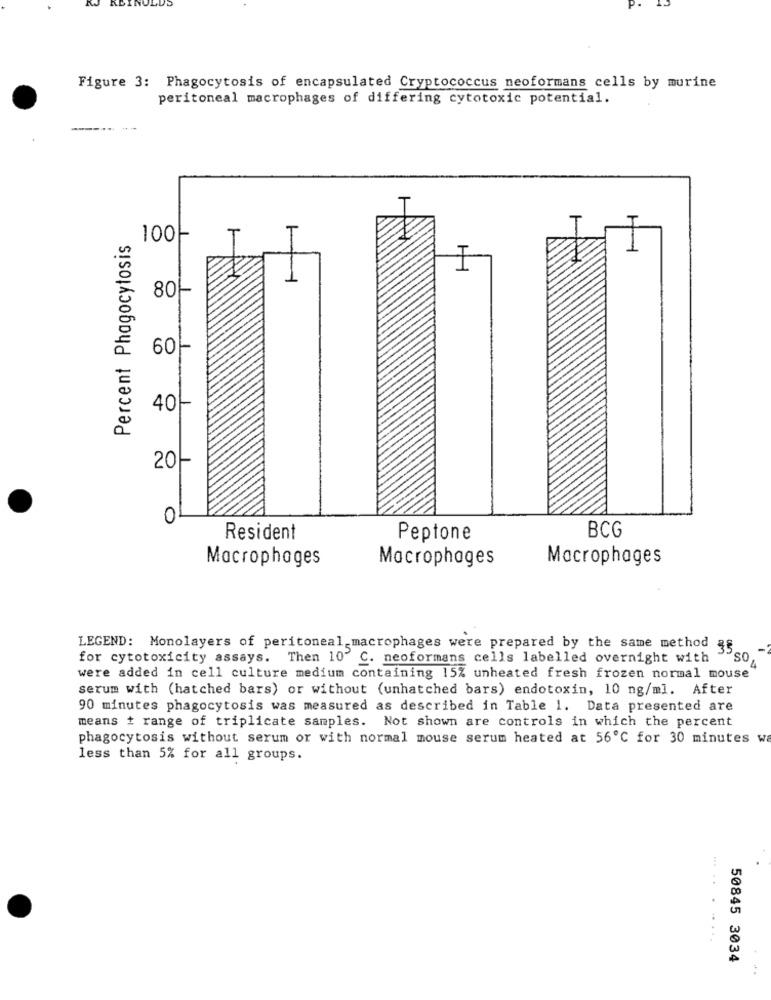
Figure 3: Phagocytosis of encapsulated Cryptococcus neoformans cells by murine
peritoneal macrophages of differing cytotoxic potential.
Percent Phagocytosis
100-
1
H-1
801
60-
401-
201-
0
BCG
Resident
Peptone
Macrophages
Macrophages
Macrophages
LEGEND: Monolayers of peritoneal macrophages were prepared by the same method &8
for cytotoxicity assays. Then 10" C. neoformans cells labelled overnight with
so
were added in cell culture medium containing 15% unheated fresh frozen normal mouse
serum with (hatched bars) or without (unhatched bars) endotoxin, 10 ng/ml. After
90 minutes phagocytosis was measured as described in Table 1. Data presented are
means + range of triplicate samples. Not shown are controls in which the percent
phagocytosis without serum or with normal mouse serum heated at 56℃ for 30 minutes w
less than 5% for all groups.
...... ..
50845 3034